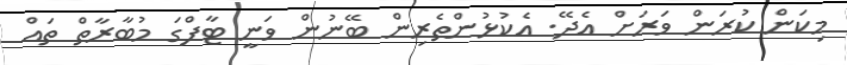
މިކަން ކުރަން ވަރަށް އެދޭ. އެކުޅުންތެރިން ބޭނުން ވަނީ ޓާފްގަ މުބާރާތް ތައް